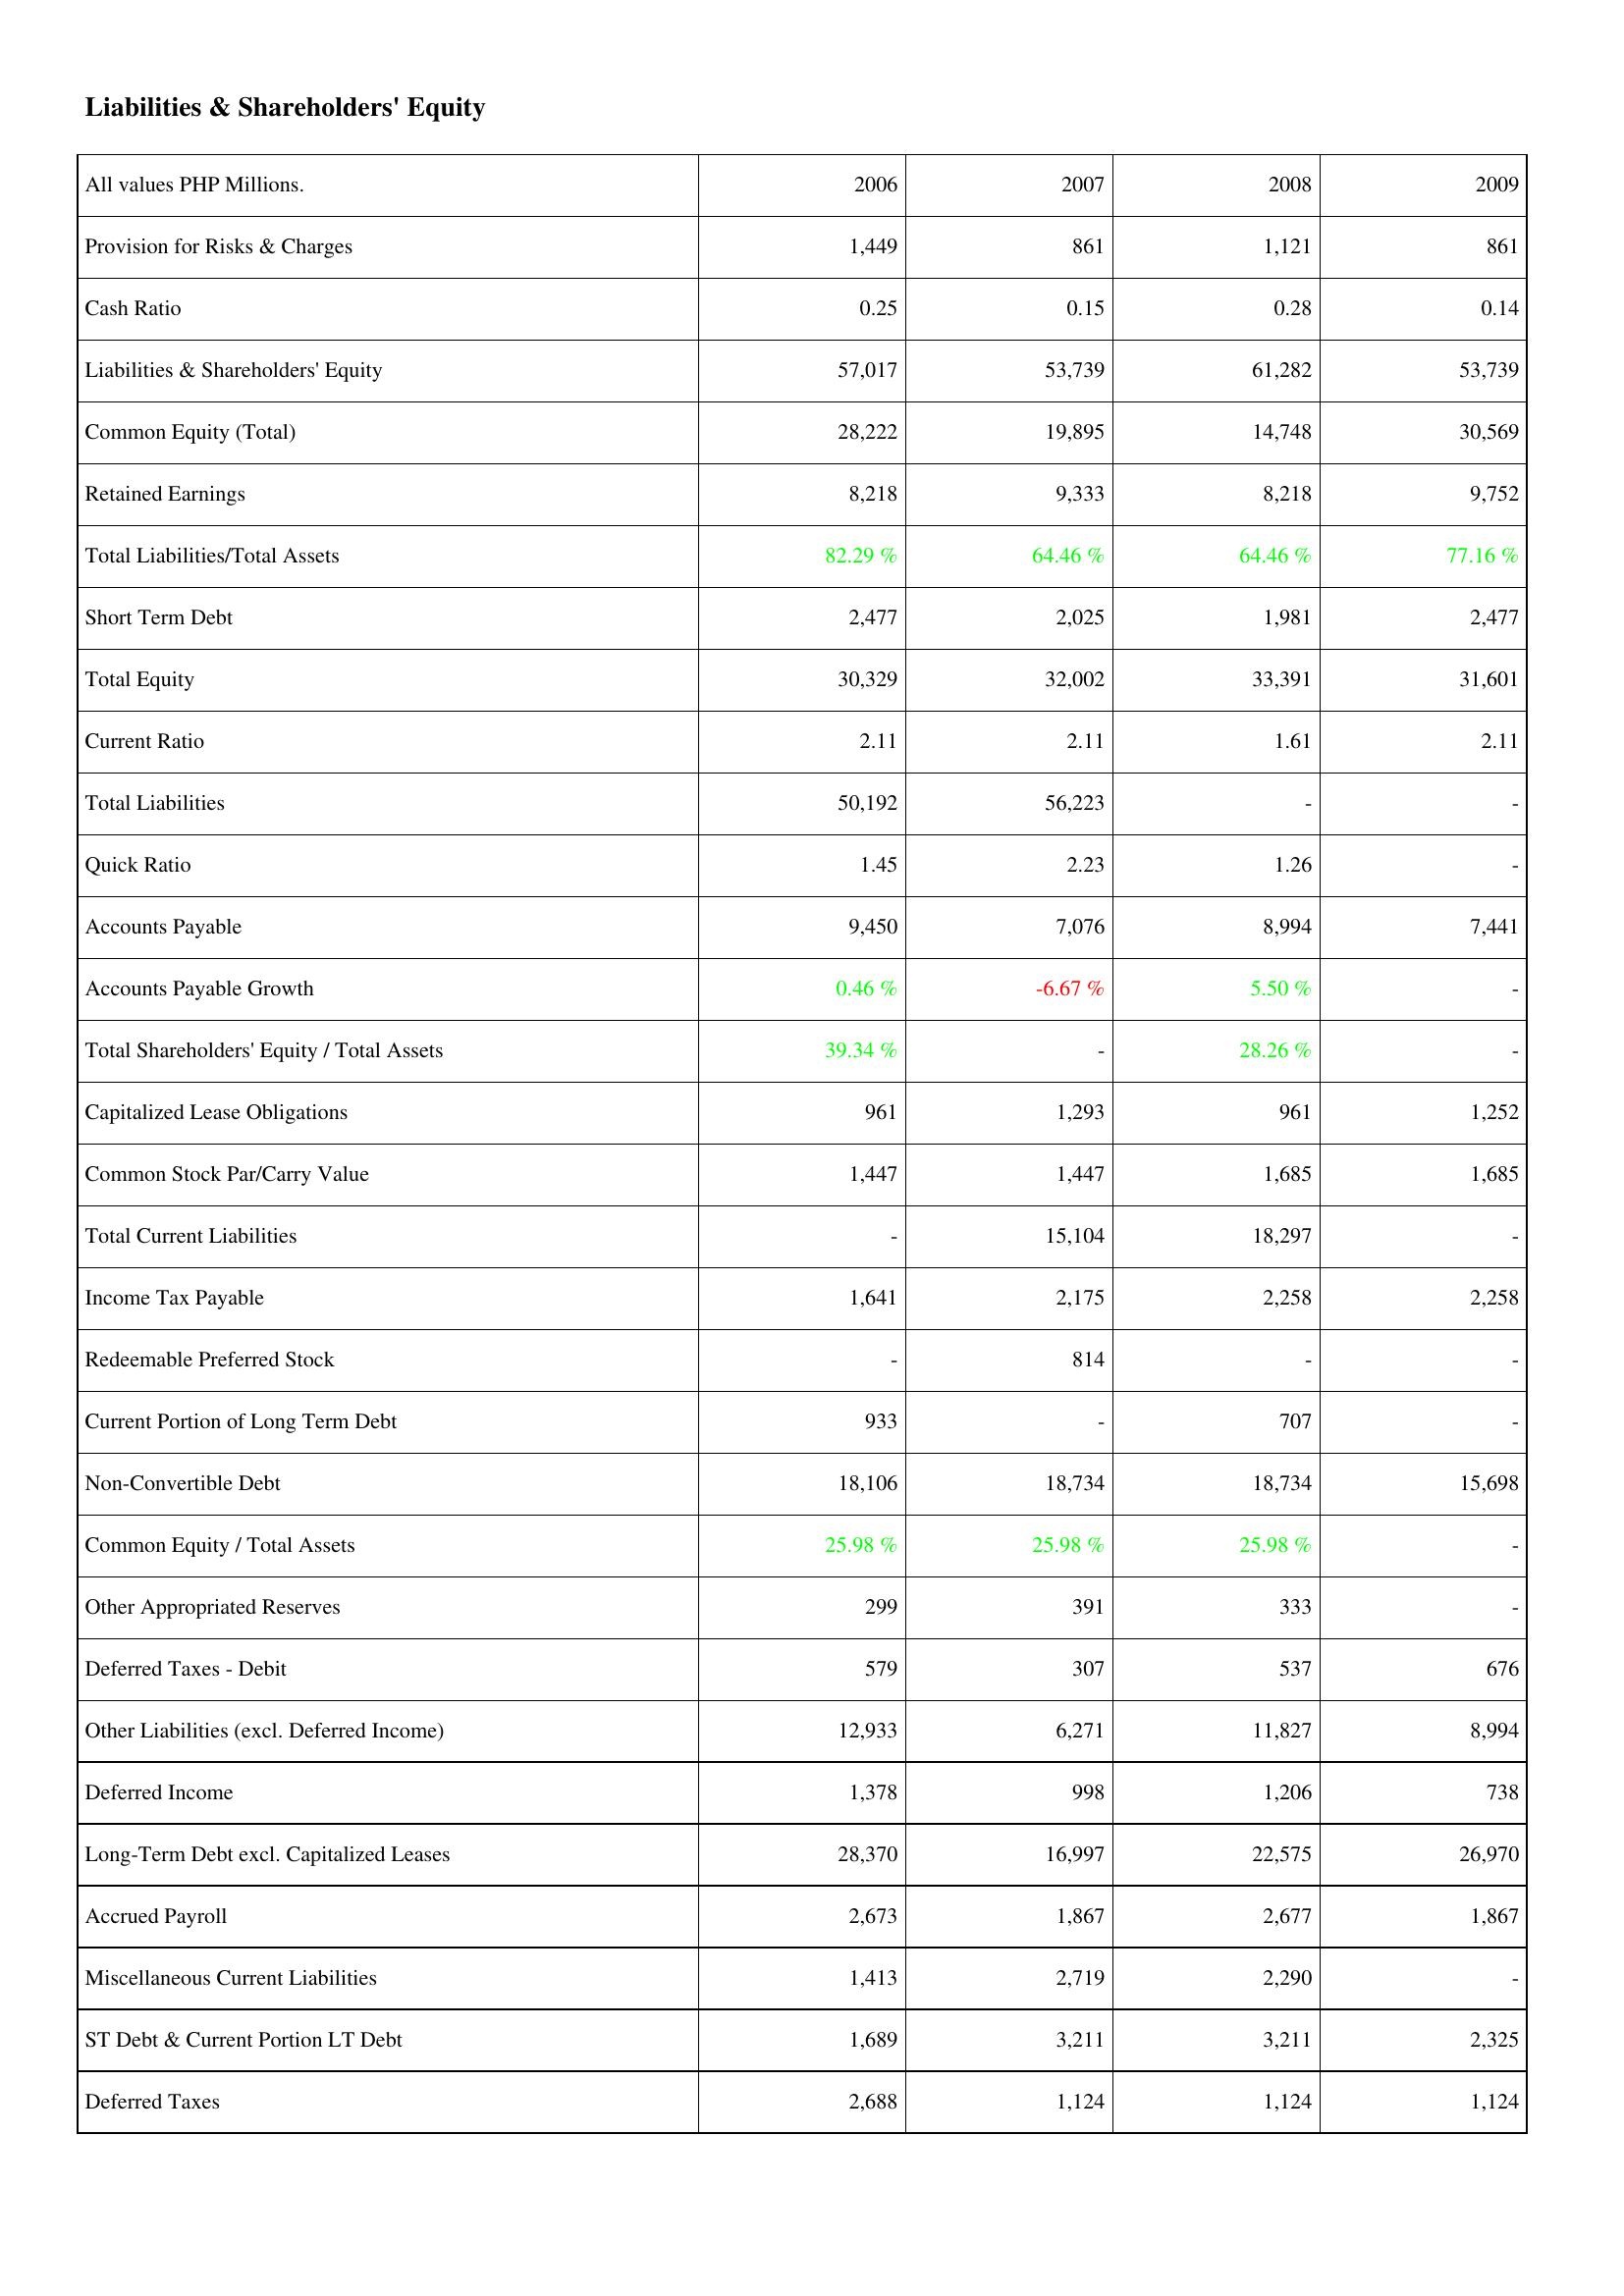
2006: Liabilities & Shareholders' Equity: Provision for Risks & Charges: 1,449
Cash Ratio: 0.25
Liabilities & Shareholders' Equity: 57,017
Common Equity (Total): 28,222
Retained Earnings: 8,218
Total Liabilities/Total Assets: 82.29 %
Short Term Debt: 2,477
Total Equity: 30,329
Current Ratio: 2.11
Total Liabilities: 50,192
Quick Ratio: 1.45
Accounts Payable: 9,450
Accounts Payable Growth: 0.46 %
Total Shareholders' Equity / Total Assets: 39.34 %
Capitalized Lease Obligations: 961
Common Stock Par/Carry Value: 1,447
Total Current Liabilities: -
Income Tax Payable: 1,641
Redeemable Preferred Stock: -
Current Portion of Long Term Debt: 933
Non-Convertible Debt: 18,106
Common Equity / Total Assets: 25.98 %
Other Appropriated Reserves: 299
Deferred Taxes - Debit: 579
Other Liabilities (excl. Deferred Income): 12,933
Deferred Income: 1,378
Long-Term Debt excl. Capitalized Leases: 28,370
Accrued Payroll: 2,673
Miscellaneous Current Liabilities: 1,413
ST Debt & Current Portion LT Debt: 1,689
Deferred Taxes: 2,688
2007: Liabilities & Shareholders' Equity: Provision for Risks & Charges: 861
Cash Ratio: 0.15
Liabilities & Shareholders' Equity: 53,739
Common Equity (Total): 19,895
Retained Earnings: 9,333
Total Liabilities/Total Assets: 64.46 %
Short Term Debt: 2,025
Total Equity: 32,002
Current Ratio: 2.11
Total Liabilities: 56,223
Quick Ratio: 2.23
Accounts Payable: 7,076
Accounts Payable Growth: -6.67 %
Total Shareholders' Equity / Total Assets: -
Capitalized Lease Obligations: 1,293
Common Stock Par/Carry Value: 1,447
Total Current Liabilities: 15,104
Income Tax Payable: 2,175
Redeemable Preferred Stock: 814
Current Portion of Long Term Debt: -
Non-Convertible Debt: 18,734
Common Equity / Total Assets: 25.98 %
Other Appropriated Reserves: 391
Deferred Taxes - Debit: 307
Other Liabilities (excl. Deferred Income): 6,271
Deferred Income: 998
Long-Term Debt excl. Capitalized Leases: 16,997
Accrued Payroll: 1,867
Miscellaneous Current Liabilities: 2,719
ST Debt & Current Portion LT Debt: 3,211
Deferred Taxes: 1,124
2008: Liabilities & Shareholders' Equity: Provision for Risks & Charges: 1,121
Cash Ratio: 0.28
Liabilities & Shareholders' Equity: 61,282
Common Equity (Total): 14,748
Retained Earnings: 8,218
Total Liabilities/Total Assets: 64.46 %
Short Term Debt: 1,981
Total Equity: 33,391
Current Ratio: 1.61
Total Liabilities: -
Quick Ratio: 1.26
Accounts Payable: 8,994
Accounts Payable Growth: 5.50 %
Total Shareholders' Equity / Total Assets: 28.26 %
Capitalized Lease Obligations: 961
Common Stock Par/Carry Value: 1,685
Total Current Liabilities: 18,297
Income Tax Payable: 2,258
Redeemable Preferred Stock: -
Current Portion of Long Term Debt: 707
Non-Convertible Debt: 18,734
Common Equity / Total Assets: 25.98 %
Other Appropriated Reserves: 333
Deferred Taxes - Debit: 537
Other Liabilities (excl. Deferred Income): 11,827
Deferred Income: 1,206
Long-Term Debt excl. Capitalized Leases: 22,575
Accrued Payroll: 2,677
Miscellaneous Current Liabilities: 2,290
ST Debt & Current Portion LT Debt: 3,211
Deferred Taxes: 1,124
2009: Liabilities & Shareholders' Equity: Provision for Risks & Charges: 861
Cash Ratio: 0.14
Liabilities & Shareholders' Equity: 53,739
Common Equity (Total): 30,569
Retained Earnings: 9,752
Total Liabilities/Total Assets: 77.16 %
Short Term Debt: 2,477
Total Equity: 31,601
Current Ratio: 2.11
Total Liabilities: -
Quick Ratio: -
Accounts Payable: 7,441
Accounts Payable Growth: -
Total Shareholders' Equity / Total Assets: -
Capitalized Lease Obligations: 1,252
Common Stock Par/Carry Value: 1,685
Total Current Liabilities: -
Income Tax Payable: 2,258
Redeemable Preferred Stock: -
Current Portion of Long Term Debt: -
Non-Convertible Debt: 15,698
Common Equity / Total Assets: -
Other Appropriated Reserves: -
Deferred Taxes - Debit: 676
Other Liabilities (excl. Deferred Income): 8,994
Deferred Income: 738
Long-Term Debt excl. Capitalized Leases: 26,970
Accrued Payroll: 1,867
Miscellaneous Current Liabilities: -
ST Debt & Current Portion LT Debt: 2,325
Deferred Taxes: 1,124